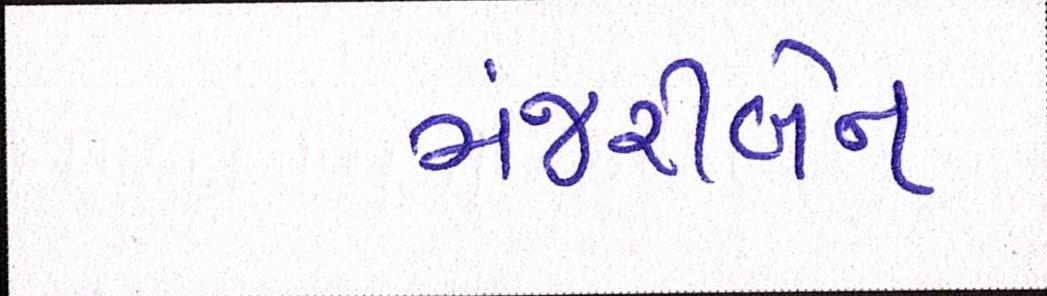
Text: મંજરીબેન